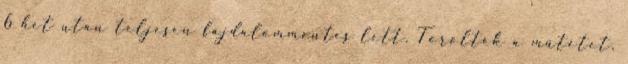
6 hét után teljesen fájdalommentes lett. Törölték a műtétet,